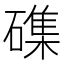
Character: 磼